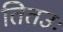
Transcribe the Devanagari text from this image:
तितउः